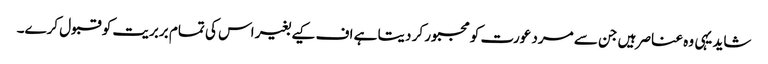
شاید یہی وہ عناصر ہیں جن سے مرد عورت کو مجبور کر دیتا ہے اف کیے بغیر اس کی تمام بربریت کو قبول کرے۔